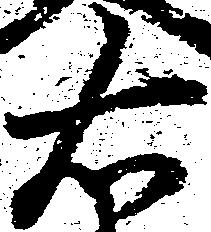
右